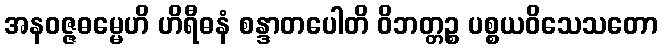
အနဝဇ္ဇဓမ္မေဟိ ဟိရီဓနံ စန္ဒာတပေါတိ ဝိဘတ္တဉ္စ ပစ္စယဝိသေသတော